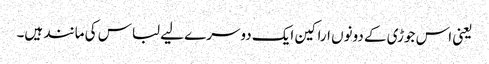
یعنی اس جوڑی کے دونوں اراکین ایک دوسرے لیے لباس کی مانند ہیں۔